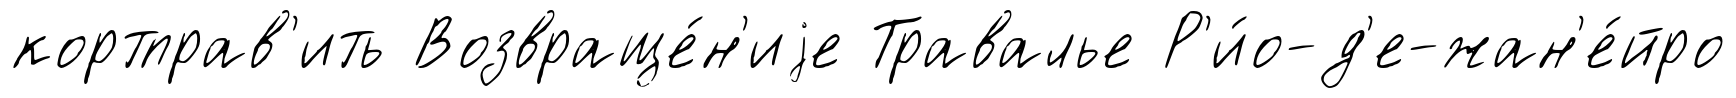
кортправ'ить Возвраще́н'иjе Травалье Р'и́о-д'е-жан'е́йро